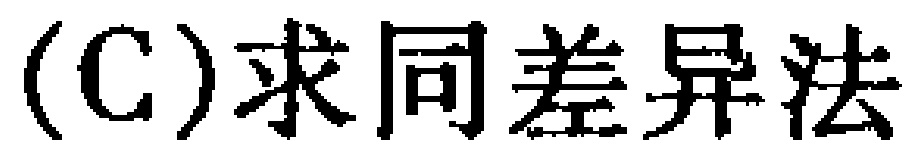
(C)求同差异法